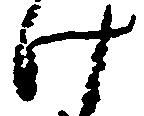
け